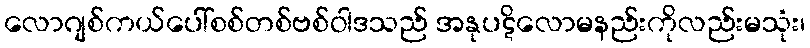
လောဂျစ်ကယ်ပေါ်စစ်တစ်ဗစ်ဝါဒသည် အနုပဋိလောမနည်းကိုလည်းမသုံး၊